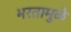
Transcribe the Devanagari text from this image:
भरतामुळे